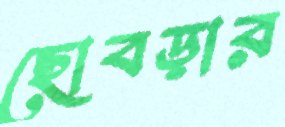
ছোবড়ার